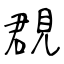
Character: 覠